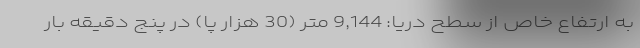
به ارتفاع خاص از سطح دریا: 9,144 متر (30 هزار پا) در پنج دقیقه بار